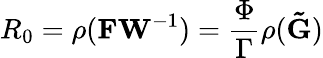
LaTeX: R_{0}=\rho(\mathbf{FW}^{-1})=\frac{\Phi}{\Gamma}\rho(\mathbf{\tilde{G}})